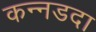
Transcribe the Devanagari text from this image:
कन्नडदा